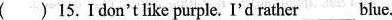
( ) 15. Idon'tlike purple. I'd rather___blue.